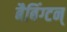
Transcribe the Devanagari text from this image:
बैबिंग्टन्